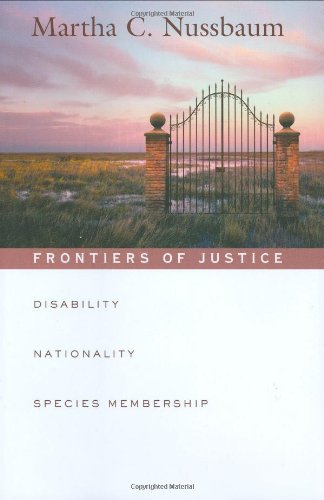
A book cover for Frontiers of Justice: Disability, Nationality, Species Membership (The Tanner Lectures on Human Values); Martha C. Nussbaum; Politics & Social Sciences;